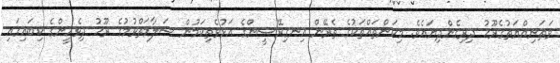
ވަޠަނިއްޔަތުގެރޫޙު ދިރިގެންދިޔައެވެ. މިކަންތައްތަކުގެ ތެރޭން އިނގިރޭސީންގެ އަޅުވެތިކަމުން ސަލާމަތްވުމުގެ ރޫޙު ދިވެހީންގެ ކިބައިގައި